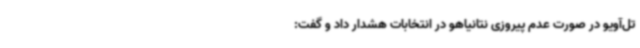
تل‌آویو در صورت عدم پیروزی نتانیاهو در انتخابات هشدار داد و گفت: